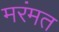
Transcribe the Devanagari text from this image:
मरंमत